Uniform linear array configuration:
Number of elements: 4
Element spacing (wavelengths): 1
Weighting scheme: cosine
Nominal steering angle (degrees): -30
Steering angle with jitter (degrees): -31.169
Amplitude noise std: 0.05
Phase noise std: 0.05

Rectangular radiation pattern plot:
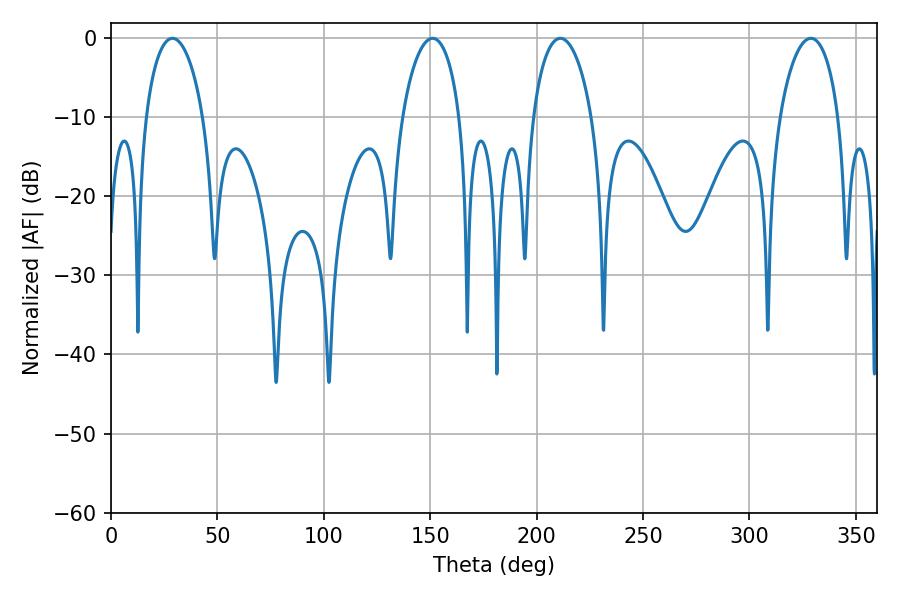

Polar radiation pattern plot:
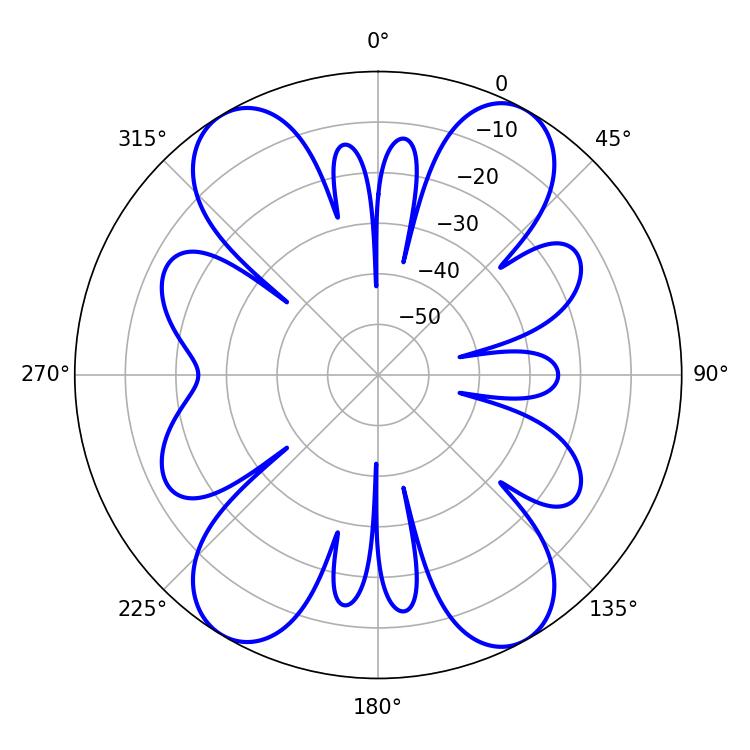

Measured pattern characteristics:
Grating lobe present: TRUE
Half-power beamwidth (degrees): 15.84
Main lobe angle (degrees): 328.86